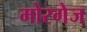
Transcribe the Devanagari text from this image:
मोरगेज